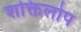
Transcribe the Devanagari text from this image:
शक्तिलोप